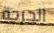
الحرجة